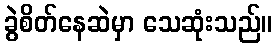
ခွဲစိတ်နေဆဲမှာ သေဆုံးသည်။